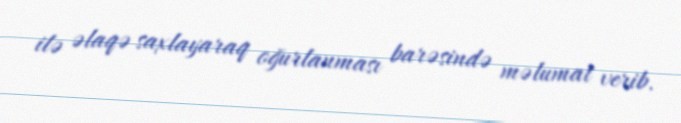
ilə əlaqə saxlayaraq oğurlanması barəsində məlumat verib.